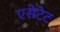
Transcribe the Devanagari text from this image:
एसेटेट